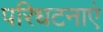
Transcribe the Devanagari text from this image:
परिधटनाएं